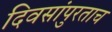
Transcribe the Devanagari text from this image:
दिवसांपुरताच